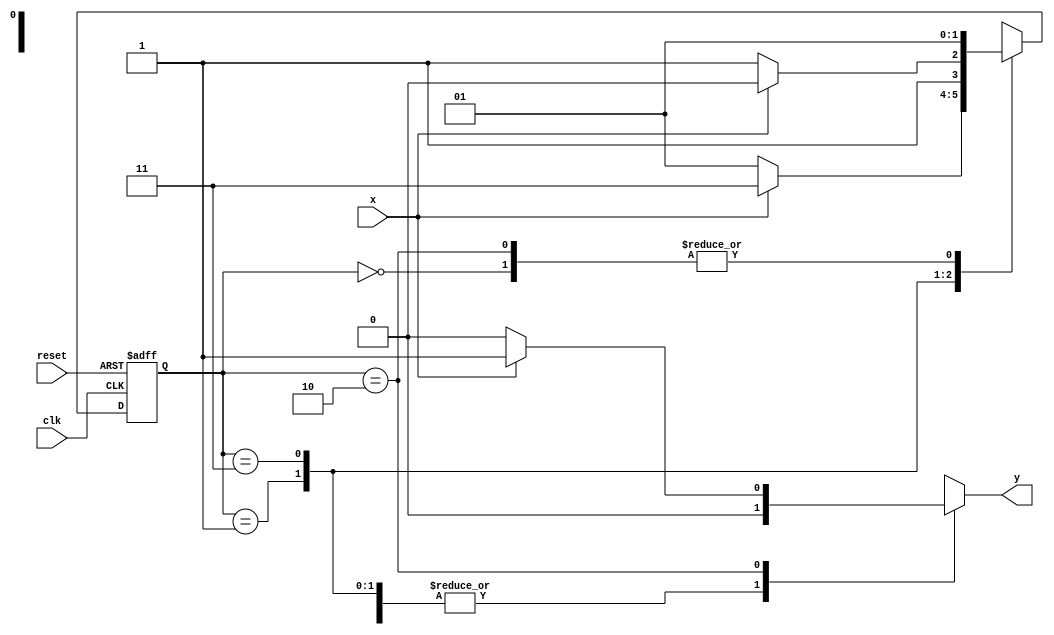
// Exemplo0055 - EXTRA
//  Aluno: Julio Machado

//-----------
//--Mealy FSM
//-----------

//constant definitions
`define found 1
`define notfound 0

//FSM by Mealy
module mealyx111(y, x, clk, reset);

output y;
input x;
input clk;
input reset;

reg y;

parameter //state identifiers
start = 2'b00,
id1 = 2'b01,
id011=2'b11,
id110=2'b10;


reg[1:0]E1;//current state variables
reg[1:0]E2;//next stat logic output

//next state logic
always @(x or E1)
begin
	y = `notfound;
case(E1)
	start:
		if(x)
			E2 = id1;
		else
			E2 = id1;
id1:
	if(x)
		E2 = id011;
	else
		E2 =	id1;
id011:
	if(x)
		E2 = id110;
	else
		E2 = id011;	
id110:
	if(x)
		begin
			E2 = id1;
			y = `found;
	   end
else
	begin
		E2 = id1;
		y = `notfound;
	end
default:  //undefined state
	E2 = 2'bxx;
endcase

end // always at signal or state changing

//state variables
always @(posedge clk or negedge reset)
begin
if(reset)
E1 = E2; //updates current state
else
E1 = 0; //reset

end // always at signal changing

endmodule // mealyx111